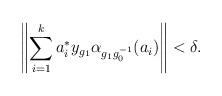
LaTeX: \begin{align*}\left\|\sum_{i=1}^k a_i^*y_{g_1}\alpha_{g_1g_0^{-1}}(a_i)\right\| < \delta.\end{align*}